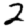
Digit: 2